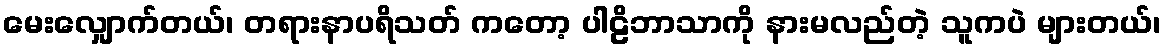
မေးလျှောက်တယ်၊ တရားနာပရိသတ် ကတော့ ပါဠိဘာသာကို နားမလည်တဲ့ သူကပဲ များတယ်၊